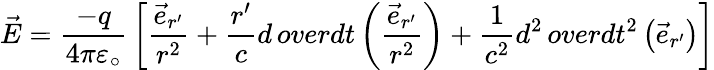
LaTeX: {\vec{E}}={\frac{-q}{4\pi\varepsilon_{\circ}}}\left[{\frac{{\vec{e}}_{r^{\prime}}}{r^{2}}}+{\frac{r^{\prime}}{c}}{d\, overdt}\left({\frac{{\vec{e}}_{r^{\prime}}}{r^{2}}}\right)+{\frac{1}{c^{2}}}{d^{2}\, overdt^{2}}\left({\vec{e}}_{r^{\prime}}\right)\right]